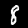
Label: 8